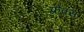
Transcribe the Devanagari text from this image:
फ़्रेक्स